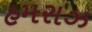
હમરાઝ